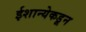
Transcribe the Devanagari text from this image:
ईशान्येकडून